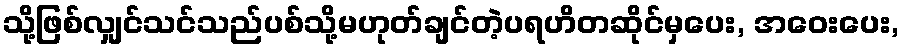
သို့ဖြစ်လျှင်သင်သည်ပစ်သို့မဟုတ်ချင်တဲ့ပရဟိတဆိုင်မှပေး, အဝေးပေး,